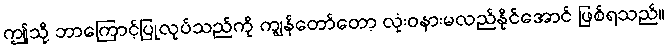
ဤသို့ ဘာကြောင့်ပြုလုပ်သည်ကို ကျွန်တော်တော့ လုံးဝနားမလည်နိုင်အောင် ဖြစ်ရသည်။